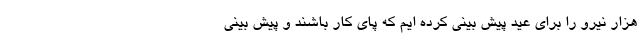
هزار نیرو را برای عید پیش بینی کرده ایم که پای کار باشند و پیش بینی